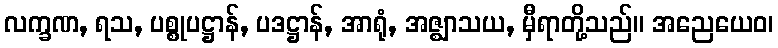
လက္ခဏ, ရသ, ပစ္စုပဋ္ဌာန်, ပဒဋ္ဌာန်, အာရုံ, အဇ္ဈာသယ, မှီရာတို့သည်။ အညေယေဝ၊